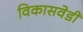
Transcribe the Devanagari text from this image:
विकासवेडी